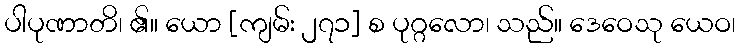
ပါပုဏာတိ၊ ၏။ ယော [ကျမ်း ၂၇၁] စ ပုဂ္ဂလော၊ သည်။ ဒေဝေသု ယေဝ၊